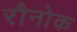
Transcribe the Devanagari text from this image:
रौनोक